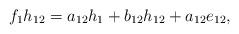
LaTeX: \begin{align*}f_1h_{12}=a_{12}h_1+b_{12}h_{12}+a_{12}e_{12},\end{align*}